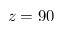
z = 9 0